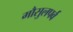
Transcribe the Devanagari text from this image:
मौसुलपर्व